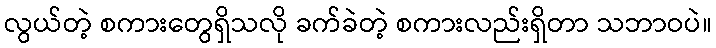
လွယ်တဲ့ စကားတွေရှိသလို ခက်ခဲတဲ့ စကားလည်းရှိတာ သဘာဝပဲ။